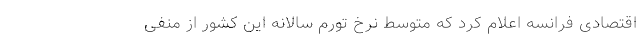
اقتصادی فرانسه اعلام کرد که متوسط نرخ تورم سالانه این کشور از منفی